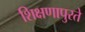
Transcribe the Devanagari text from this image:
शिक्षणापुरते